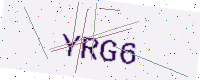
Text: YRG6